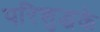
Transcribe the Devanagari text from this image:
परिशुद्धके